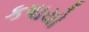
કષાયો